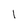
Character: 1